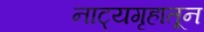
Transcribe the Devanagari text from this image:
नाट्यगृहातून